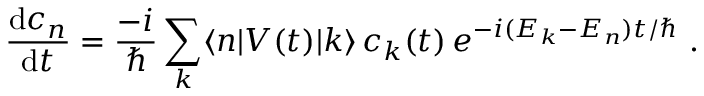
{ \frac { \mathrm { d } c _ { n } } { \mathrm { d } t } } = { \frac { - i } { \hbar } } \sum _ { k } \langle n | V ( t ) | k \rangle \, c _ { k } ( t ) \, e ^ { - i ( E _ { k } - E _ { n } ) t / \hbar } ~ .